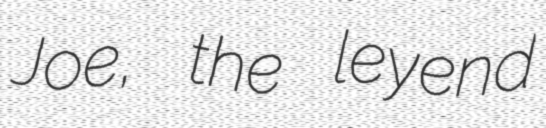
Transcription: Joe, the leyend